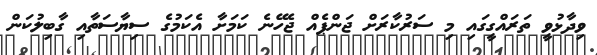
ވިދާޅުވީ ތަރައްގީގައި މި ސަރުކާރަށް ޖަންޕެއް ޖެހޭނެ ކަމަށާ އެކަމުގެ ސިޔާސަތާއި ގާބިލުކަން